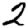
Digit: 2